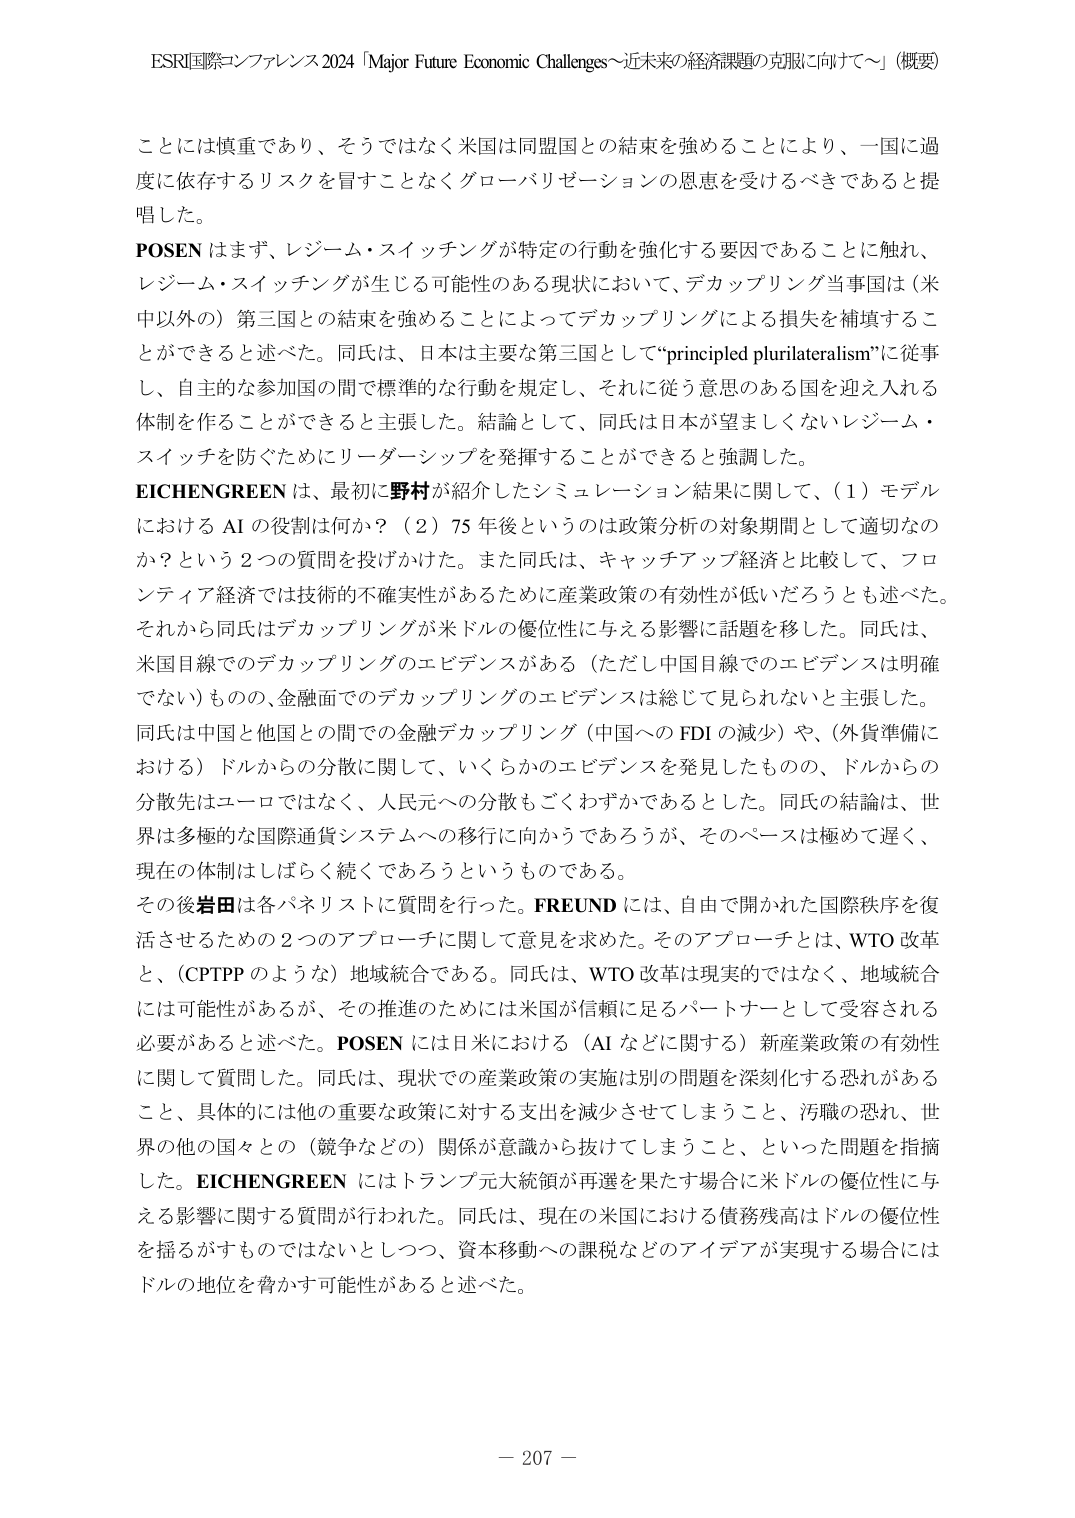
ESRI国際コンファレンス2024「Major Future Economic Challenges～近未来の経済課題の克服に向けて～」（概要）

ここには慎重であり、そうではなく米国は同盟国との結束を強めることにより、一国に過度に依存するリスクを冒すことなくグローバリゼーションの恩恵を受けるべきであると提唱した。

POSEN はまず、レジーム・スイッチングが特定の行動を強化する要因であることに触れ、レジーム・スイッチングが生じる可能性のある現状において、デカップリング当事国は（米中以外の）第三国との結束を強めることによってデカップリングによる損失を補填することができると言べた。同氏は、日本は主要な第三国として“principled plurilateralism”に従事し、自主的な参加国の間で標準的な行動を規定し、それに従う意思のある国を迎え入れる体制を作ることができると言主張した。結論として、同氏は日本が望ましくないレジーム・スイッチを防ぐためにリーダーシップを発揮することができると言強調した。

EICHENGREEN は、最初に野村が紹介したシミュレーション結果に関して、（1）モデルにおける AI の役割は何か？（2）75 年後というのは政策分析の対象期間として適切なのか？という 2 つの質問を投げかけた。また同氏は、キャッチアップ経済と比較して、フロンティア経済では技術的不確実性があるために産業政策の有効性が低いだろうとも述べた。それから同氏はデカップリングが米ドルの優位性に与える影響に話題を移した。同氏は、米国目線でのデカップリングのエビデンスがある（ただし中国目線でのエビデンスは明確ではない）ものの、金融面でのデカップリングのエビデンスは総じて見られないと言主張した。同氏は中国と他国との間での金融デカップリング（中国への FDI の減少）や、（外貨準備における）ドルからの分散に関して、いくらかのエビデンスを発見したものの、ドルからの分散先はユーロではなく、人民元への分散もごくわずかであるとした。同氏の結論は、世界は多極的な国際通貨システムへの移行に向かうであろうが、そのペースは極めて遅く、現在の体制はしばらく続くであろうというものである。

その後岩田は各パネリストに質問を行った。FREUND には、自由で開かれた国際秩序を復活させるための 2 つのアプローチに関して意見を求めた。そのアプローチとは、WTO 改革と、（CPTPP のような）地域統合である。同氏は、WTO 改革は現実的ではなく、地域統合には可能性があるが、その推進のためには米国が信頼に足るパートナーとして受容される必要があると述べた。POSEN には日米における（AI などに関する）新産業政策の有効性に関して質問した。同氏は、現状での産業政策の実施は別の問題を深刻化する恐れがあること、具体的には他の重要な政策に対する支出を減少させてしまうこと、汚職の恐れ、世界の他の国々との（競争などの）関係が意識から抜けてしまうこと、といった問題を指摘した。EICHENGREEN にはトランプ元大統領が再選を果たす場合に米ドルの優位性に与える影響に関する質問が行われた。同氏は、現在の米国における債務残高はドルの優位性を揺るがすものではないとしつつ、資本移動への課税などのアイデアが実現する場合にはドルの地位を脅かす可能性があると述べた。

－ 207 －